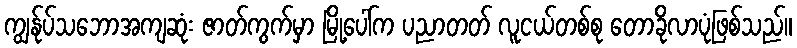
ကျွန်ုပ်သဘောအကျဆုံး ဇာတ်ကွက်မှာ မြို့ပေါ်က ပညာတတ် လူငယ်တစ်စု တောခိုလာပုံဖြစ်သည်။